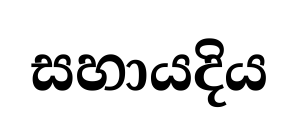
සහායදිය